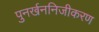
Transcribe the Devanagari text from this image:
पुनर्खननिजीकरण